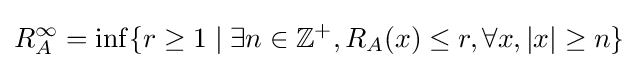
R_{A}^{\infty }=\inf\{r\geq 1\mid \exists n\in \mathbb {Z} ^{+},R_{A}(x)\leq r,\forall x,|x|\geq n\}